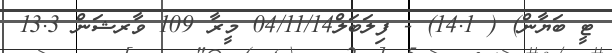
ޓީ ބަޔާން) ( 14.1) - ފިލަބަލް04/11/14 މީރާ 109 ވާރޝަން 13.3